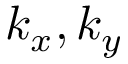
k _ { x } , k _ { y }